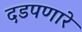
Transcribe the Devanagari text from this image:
दडपणारे